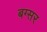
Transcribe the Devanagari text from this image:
बग्सर